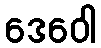
ဒေဝေါ